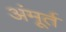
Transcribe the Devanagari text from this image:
अंमूर्त